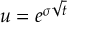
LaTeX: u = e ^ { \sigma { \sqrt { t } } }